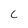
Character: c